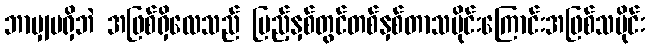
ဘာမျှမရှိဘဲ အဖြစ်ရှိလေသည် ပြည့်နှစ်တွင်တစ်နှစ်တာသမိုင်းကြောင်းအဖြစ်သမိုင်း